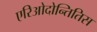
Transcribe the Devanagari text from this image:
एरिओदोन्तितिस